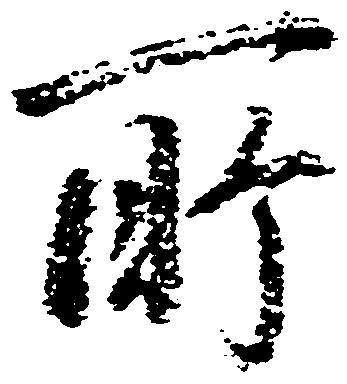
所